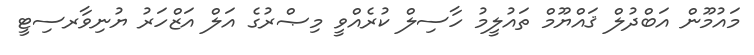
މައުމޫން އަބްދުލް ޤައްޔޫމް ތައުލީމު ހާސިލް ކުރެއްވީ މިޞްރުގެ އަލް އަޒްހަރު ޔުނިވާރސިޓީ